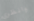
وانظري